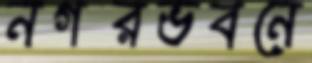
নগরভবনে